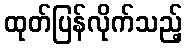
ထုတ်ပြန်လိုက်သည့်